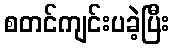
စတင်ကျင်းပခဲ့ပြီး